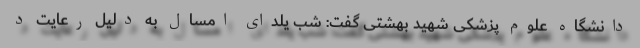
دانشگاه علوم پزشکی شهید بهشتی گفت: شب یلدای امسال به دلیل رعایت د